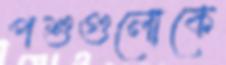
পশুগুলোকে